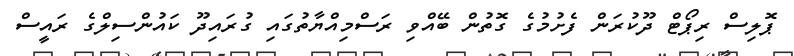
ޕޮލިސް ރިޕޯޓް ދޫކުރަން ފެށުމުގެ ގޮތުން ބޭއްވި ރަސްމިއްޔާތުގައި ގުރައިދޫ ކައުންސިލްގެ ރައީސް